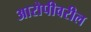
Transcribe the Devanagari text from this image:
आरोपीवरील